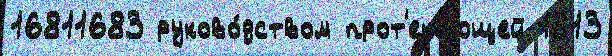
16811683 руково́дством прот'ека́ющей 1813